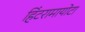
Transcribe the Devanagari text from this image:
हिंटरामायोटा